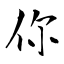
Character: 你